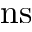
\mathrm { n s }